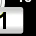
Digit: 1